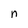
Character: n